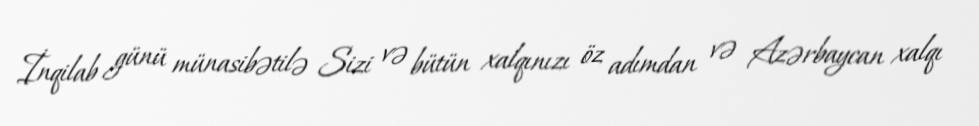
İnqilab günü münasibətilə Sizi və bütün xalqınızı öz adımdan və Azərbaycan xalqı